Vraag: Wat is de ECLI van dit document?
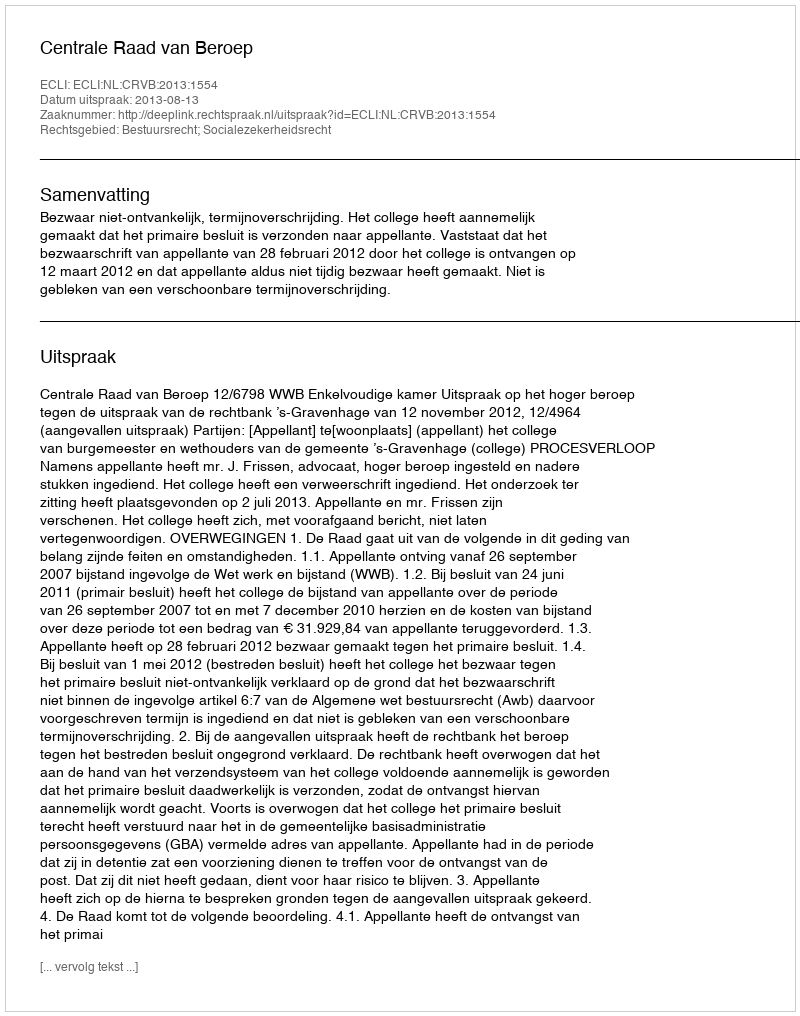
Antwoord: ECLI:NL:CRVB:2013:1554